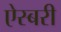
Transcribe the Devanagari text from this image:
ऐस्बरी